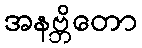
အနဗ္ဘိတော